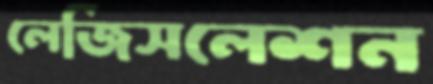
লেজিসলেশন